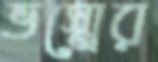
ভস্মের